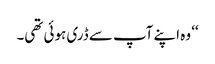
‘‘ وہ اپنے آپ سے ڈری ہوئی تھی۔